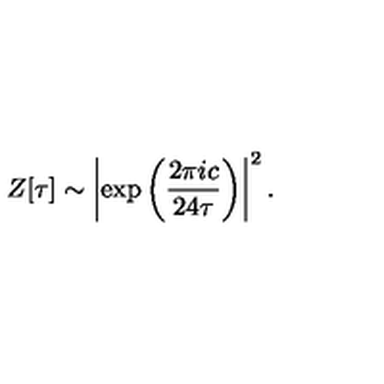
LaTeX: Z [ \tau ] \sim \left| \exp \left( { \frac { 2 \pi i c } { 2 4 \tau } } \right) \right| ^ { 2 } .